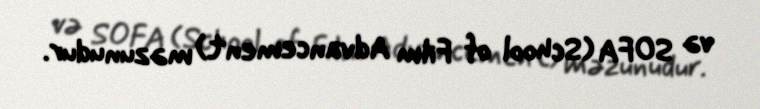
və SOFA (School of Film Advancement) məzunudur.